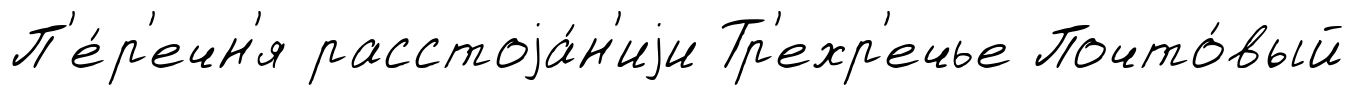
П'е́р'ечн'я расстоjа́н'иjи Тр'ехр'ечье Почто́вый